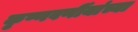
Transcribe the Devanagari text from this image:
कृष्णवर्णीयांच्या